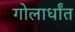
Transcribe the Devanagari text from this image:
गोलार्धांत